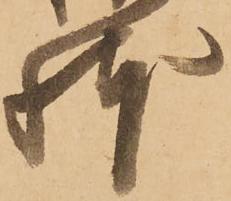
躰